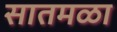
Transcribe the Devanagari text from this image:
सातमळा